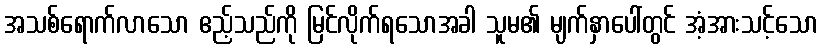
အသစ်ရောက်လာသော ဧည့်သည်ကို မြင်လိုက်ရသောအခါ သူမ၏ မျက်နှာပေါ်တွင် အံ့အားသင့်သော